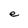
Character: e